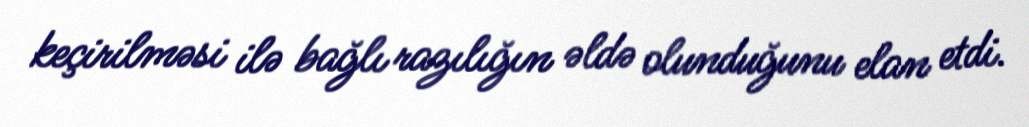
keçirilməsi ilə bağlı razılığın əldə olunduğunu elan etdi.